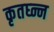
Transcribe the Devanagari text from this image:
कृतघ्न्न